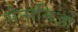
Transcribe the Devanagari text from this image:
सेनानिओं